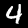
Digit: 4